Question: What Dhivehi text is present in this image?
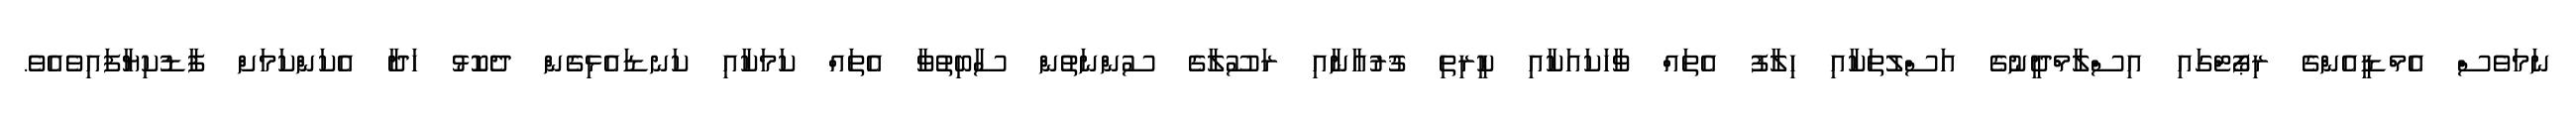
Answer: ނަމަވެސް އެމްޑީއެންގެ ރިޕޯޓްގައި އިސްލާމްދީނުގެ އަސްލުތަކާއި ހިލާފު އެތައް ވާހަކައަކާއި ކީރިތި ޤުރުއާނާއި ރަސޫލާގެ ސުންނަތުން ސާބިތުވާ އެތައް ކަމަކާއި ކަނޑައެޅިގެން ދެކޮޅު ހަދާ އެކަންކަމަށް ފާޑުކިޔާފައިވެއެވެ.